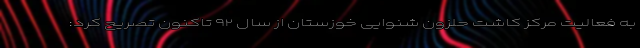
به فعالیت مرکز کاشت حلزون شنوایی خوزستان از سال ۹۲ تاکنون تصریح کرد: